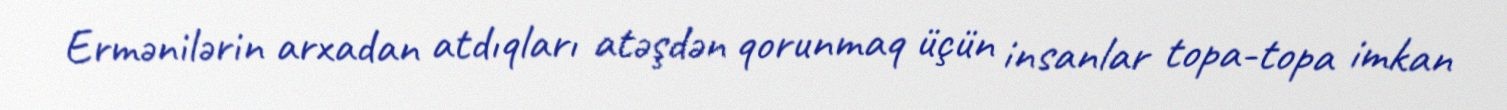
Ermənilərin arxadan atdıqları atəşdən qorunmaq üçün insanlar topa-topa imkan